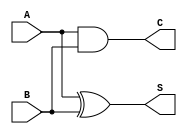
`timescale 1ns / 1ps
//////////////////////////////////////////////////////////////////////////////////
// Company: 
// Engineer: 
// 
// Design Name: 
// Module Name: halfadder
// Project Name: 
// Target Devices: 
// Tool Versions: 
// Description: 
// 
// Dependencies: 
// 
// Revision:
// Revision 0.01 - File Created
// Additional Comments:
// 
//////////////////////////////////////////////////////////////////////////////////


module halfadder(S, C, A, B);
    input A, B;
    output S, C;
    xor(S, A, B);
    and(C, A, B);
endmodule